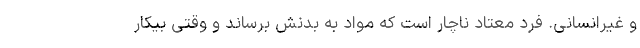
و غیرانسانی. فرد معتاد ناچار است که مواد به بدنش برساند و وقتی بیکار